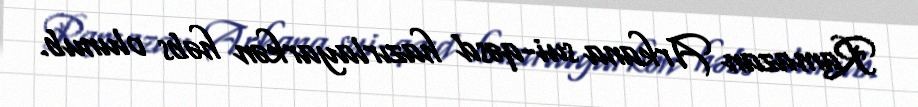
Ramazan Arkana sui-qəsd hazırlayarkən həbs olunub.